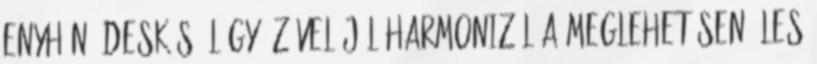
Enyhén édeskés, lágy ízével jól harmonizál a meglehetősen éles